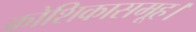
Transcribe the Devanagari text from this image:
कोशिकासमूह।